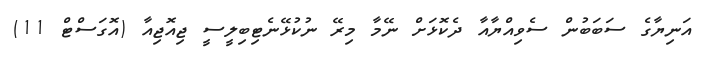
އަނިޔާގެ ސަބަބުން ސެވިއްޔާއާ ދެކޮޅަށް ނޭމާ މިރޭ ނުކުޅޭނެޓިބިލީސީ ޖިއޮޖިއާ (އޮގަސްޓް 11)